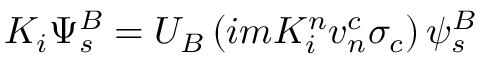
K _ { i } \Psi _ { s } ^ { B } = U _ { B } \left( i m K _ { i } ^ { n } v _ { n } ^ { c } \sigma _ { c } \right) \psi _ { s } ^ { B }